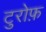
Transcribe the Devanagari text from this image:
टुरोफ़